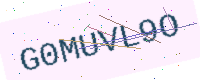
Text: G0MUVL9O